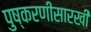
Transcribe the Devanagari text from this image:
पुष्करणीसारखी